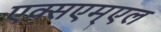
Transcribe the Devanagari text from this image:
एक्सएम्एल